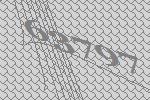
63797